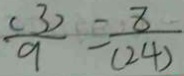
\frac { ( 3 ) } { 9 } = \frac { 8 } { ( 2 4 ) }